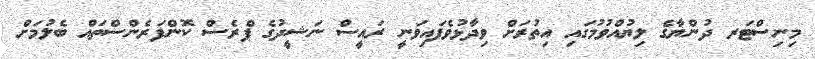
މިނިސްޓަރ ދުންޔާގެ ލިޔުއްވުމުގައި އިތުރަށް ވިދާޅުވެފައިވަނީ ރައީސް ނަޝީދުގެ ޕްރެސް ކޮންފަރެންސްތައް ބެލުމަށް